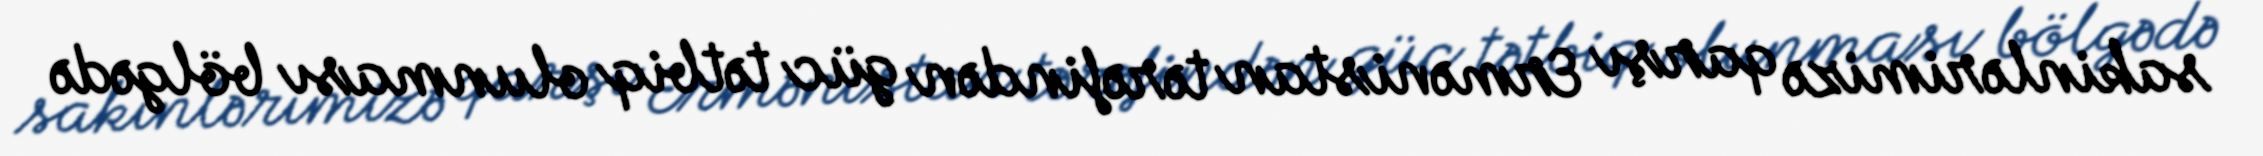
sakinlərimizə qarşı Ermənistan tərəfindən güc tətbiq olunması bölgədə